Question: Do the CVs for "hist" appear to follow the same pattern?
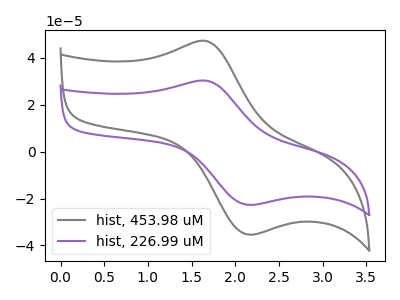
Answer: <think>The gray curve "hist, 453.98 uM" has an anodic peak at (1.65V, 47.20uA) and a cathodic peak at (2.15V, -35.45uA). The purple curve "hist, 226.99 uM" has an anodic peak at (1.65V, 30.25uA) and a cathodic peak at (2.15V, -22.70uA).
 All the peaks in "hist, 453.98 uM" have a peak in "hist, 226.99 uM" at the same potential. Every peak in "hist, 453.98 uM" is higher than every peak in "hist, 226.99 uM".</think>
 <answer>All the CV's of "hist" have similar shape.</answer>
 <eval>follow_rule</eval>